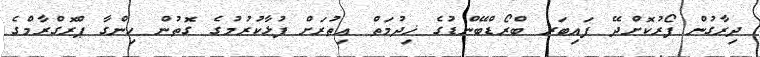
ދިރާގުން ފޯރުކޮށްދޭ ފައިބަރ ބްރޯޑްބޭންޑުގެ ޚިދުމަތް އިތުރަށް ފުޅާކުރުމުގެ ގޮތުން ހިންގާ ޕްރޮގްރާމްގެ